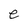
Character: e